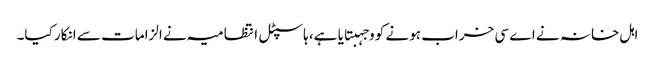
اہل خانہ نے اے سی خراب ہونے کو وجہبتایا ہے، ہاسپٹل انتظامیہ نے الزامات سے انکار کیا۔